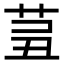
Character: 𦮊